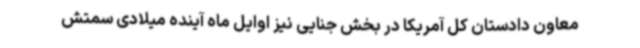
معاون دادستان کل آمریکا در بخش جنایی نیز اوایل ماه آینده میلادی سمتش